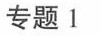
专题 1